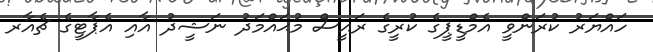
ހައްޔަރު ކުރަންވީ އެމްޑީޕީގެ ކުރީގެ ރައީސް މުޙައްމަދު ނަޝީދު އާއި އެޕާޓީގެ ޗެއާރ